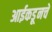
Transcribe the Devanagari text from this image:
आईकडूनचे